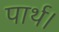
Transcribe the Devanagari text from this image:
पार्थ।